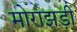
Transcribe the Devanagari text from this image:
मोराझड़ी